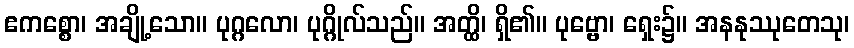
ဧကစ္စော၊ အချို့သော။ ပုဂ္ဂလော၊ ပုဂ္ဂိုလ်သည်။ အတ္ထိ၊ ရှိ၏။ ပုဗ္ဗော၊ ရှေး၌။ အနနုဿုတေသု၊